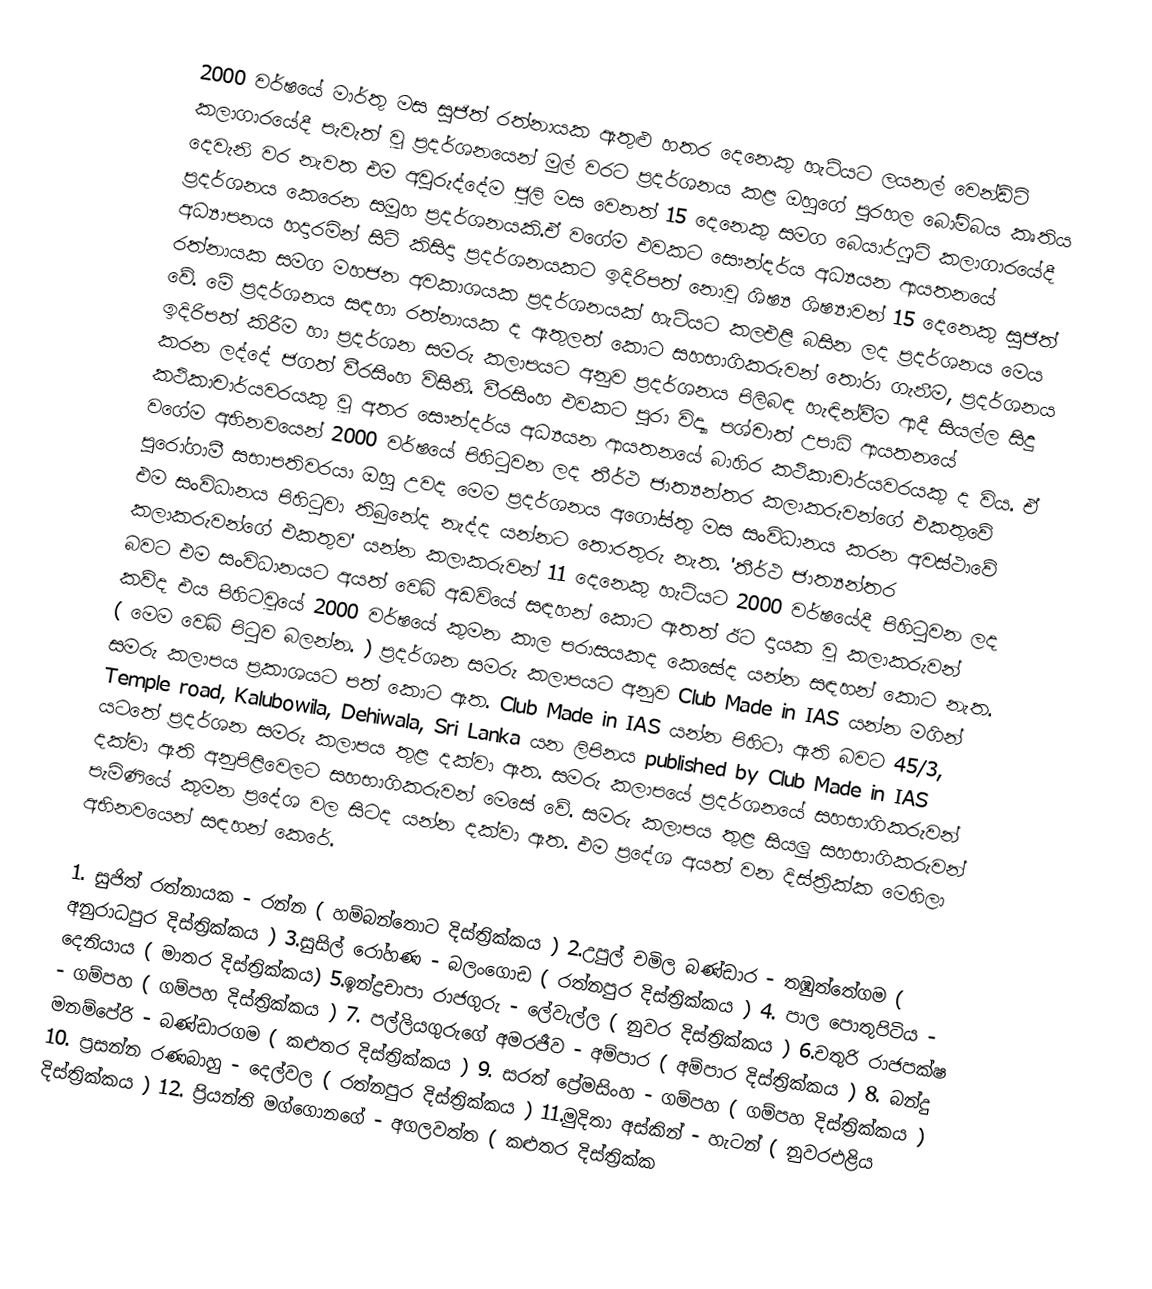
2000 වර්ෂයේ මාර්තු මස සුජිත් රත්නායක ඇතුළු හතර දෙනෙකු හැටියට ලයනල් වෙන්ඩ්ට් කලාගාරයේදී පැවැත් වූ ප්‍රදර්ශනයෙන් මුල් වරට ප්‍රදර්ශනය කළ ඔහුගේ  පුරහල බෝම්බය කෘතිය දෙවැනි වර නැවත එම අවුරුද්දේම ජූලි මස  වෙනත් 15 දෙනෙකු සමග බෙයාර්ෆුට් කලාගාරයේදී ප්‍රදර්ශනය කෙරෙන සමූහ ප්‍රදර්ශනයකි.ඒ වගේම එවකට  සෞන්දර්ය අධ්‍යයන ආයතනයේ අධ්‍යාපනය හදාරමින් සිටි කිසිදා ප්‍රදර්ශනයකට ඉදිරිපත් නොවූ ශිෂ්‍ය ශිෂ්‍යාවන්  15 දෙනෙකු සුජිත් රත්නායක සමග මහජන අවකාශයක ප්‍රදර්ශනයක් හැටියට කලඑළි බසින ලද ප්‍රදර්ශනය මෙය වේ.  මේ ප්‍රදර්ශනය සඳහා රත්නායක ද ඇතුලත් කොට සහභාගිකරුවන් තෝරා ගැනීම, ප්‍රදර්ශනය ඉදිරිපත් කිරීම හා ප්‍රදර්ශන සමරු කලාපයට අනුව ප්‍රදර්ශනය  පිලිබඳ හැඳින්වීම ආදී සියල්ල සිදු කරන ලද්දේ ජගත් වීරසිංහ විසිනි. වීරසිංහ එවකට පුරා විද්‍යා පශ්චාත් උපාධි ආයතනයේ කථිකාචාර්යවරයකු වූ අතර  සෞන්දර්ය අධ්‍යයන ආයතනයේ බාහිර කථිකාචාර්යවරයකු ද විය. ඒ වගේම අභිනවයෙන් 2000 වර්ෂයේ පිහිටුවන ලද තීර්ථ ජාත්‍යන්තර කලාකරුවන්ගේ එකතුවේ පුරෝගාමී සභාපතිවරයා ඔහු උවද මෙම ප්‍රදර්ශනය අගෝස්තු මස සංවිධානය කරන අවස්ථාවේ එම සංවිධානය පිහිටුවා තිබුනේද නැද්ද යන්නට තොරතුරු නැත. 'තීර්ථ ජාත්‍යන්තර කලාකරුවන්ගේ එකතුව' යන්න කලාකරුවන් 11 දෙනෙකු හැටියට 2000 වර්ෂයේදී පිහිටුවන ලද බවට එම සංවිධානයට අයත් වෙබ් අඩවියේ සඳහන් කොට ඇතත් ඊට දායක වූ කලාකරුවන් කව්ද එය පිහිටවූයේ 2000 වර්ෂයේ කුමන කාල පරාසයකද කෙසේද යන්න සඳහන් කොට නැත. ( මෙම වෙබ් පිටුව බලන්න. )  ප්‍රදර්ශන සමරු කලාපයට අනුව  Club Made in IAS යන්න මගින් සමරු කලාපය  ප්‍රකාශයට පත් කොට ඇත. Club Made in IAS යන්න පිහිටා ඇති බවට 45/3, Temple road, Kalubowila, Dehiwala, Sri Lanka යන ලිපිනය published by Club Made in IAS යටතේ  ප්‍රදර්ශන සමරු කලාපය තුළ දක්වා ඇත. සමරු කලාපයේ ප්‍රදර්ශනයේ සහභාගිකරුවන් දක්වා ඇති  අනුපිළිවෙලට සහභාගිකරුවන් මෙසේ වේ. සමරු කලාපය තුළ සියලු සහභාගිකරුවන්  පැමිණියේ කුමන ප්‍රදේශ වල සිටද යන්න දක්වා ඇත. එම ප්‍රදේශ අයත් වන දිස්ත්‍රික්ක මෙහිලා අභිනවයෙන්  සඳහන් කෙරේ.

1. සුජිත් රත්නායක - රන්න ( හම්බන්තොට දිස්ත්‍රික්කය ) 2.උපුල් චමිල බණ්ඩාර - තඹුත්තේගම ( අනුරාධපුර දිස්ත්‍රික්කය ) 3.සුසිල් රෝහණ - බලංගොඩ ( රත්නපුර දිස්ත්‍රික්කය ) 4. පාල පොතුපිටිය - දෙනියාය ( මාතර දිස්ත්‍රික්කය) 5.ඉන්ද්‍රචාපා රාජගුරු - ලේවැල්ල ( නුවර දිස්ත්‍රික්කය ) 6.චතුරි රාජපක්ෂ - ගම්පහ ( ගම්පහ දිස්ත්‍රික්කය ) 7. පල්ලියගුරුගේ අමරජීව - අම්පාර ( අම්පාර දිස්ත්‍රික්කය ) 8. බන්දු මනම්පේරි - බණ්ඩාරගම ( කළුතර දිස්ත්‍රික්කය ) 9. සරත් ප්‍රේමසිංහ - ගම්පහ ( ගම්පහ දිස්ත්‍රික්කය ) 10. ප්‍රසන්න රණබාහු - දෙල්වල ( රත්නපුර දිස්ත්‍රික්කය ) 11.මුදිතා අස්කින් - හැටන් ( නුවරඑළිය දිස්ත්‍රික්කය ) 12. ප්‍රියන්ති මග්ගොනගේ - අගලවත්ත ( කළුතර දිස්ත්‍රික්ක